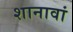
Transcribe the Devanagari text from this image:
शानावां